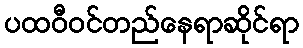
ပထဝီဝင်တည်နေရာဆိုင်ရာ